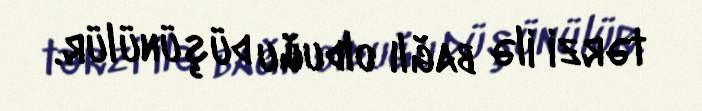
tərzi ilə bağlı olduğu düşünülür.